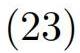
$(23)$